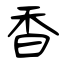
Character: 香